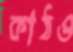
কাঠও